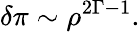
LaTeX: \delta\pi\sim\rho^{2\Gamma-1}.